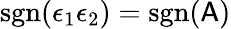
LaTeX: \mathrm{sgn}(\epsilon_{1}\epsilon_{2})=\mathrm{sgn}(\mathsf{A})